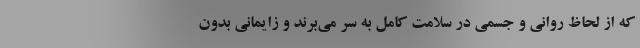
که از لحاظ روانی و جسمی در سلامت کامل به سر می‌برند و زایمانی بدون